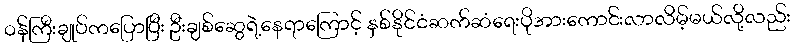
ဝန်ကြီးချုပ်ကပြောပြီး ဦးချစ်ဆွေရဲ့နေရာကြောင့် နှစ်နိုင်ငံဆက်ဆံရေးပိုအားကောင်းလာလိမ့်မယ်လို့လည်း